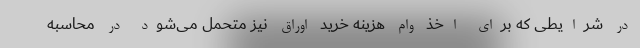
در شرایطی که برای اخذ وام هزینه خرید اوراق نیز متحمل می‌شود در محاسبه